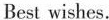
Best wishes.